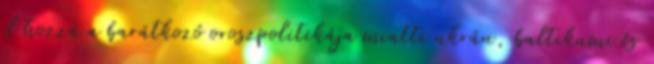
el hozzá a barátkozó oroszpolitikája miatti ukrán, baltikumi és